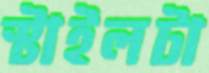
স্টাইলটা